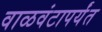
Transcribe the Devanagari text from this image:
वाळवंटापर्यंत